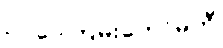
ဥပဒေကြမ်းကော်မတီ